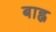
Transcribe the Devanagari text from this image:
बाह्न